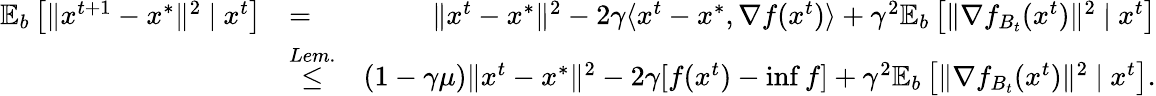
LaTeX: \begin{array}{rlr}{\mathbb{E}_{b}\left[\| x^{t+1}-x^{*}\| ^{2}\ |\ x^{t}\right]}&{{=}}&{\| x^{t}-x^{*}\| ^{2}-2\gamma\langle x^{t}-x^{*},\nabla f(x^{t})\rangle+\gamma^{2}\mathbb{E}_{b}\left[\| \nabla f_{B_{t}}(x^{t})\| ^{2}\ |\ x^{t}\right]}\\ &{\overset{Lem.}{\leq}}&{(1-\gamma\mu)\| x^{t}-x^{*}\| ^{2}-2\gamma[f(x^{t})-\operatorname*{inf}f]+\gamma^{2}\mathbb{E}_{b}\left[\| \nabla f_{B_{t}}(x^{t})\| ^{2}\ |\ x^{t}\right].}\end{array}